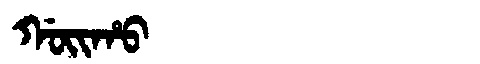
Manchu: ᡤᠣᡳᡥᠣ
Romanization: GOIHO